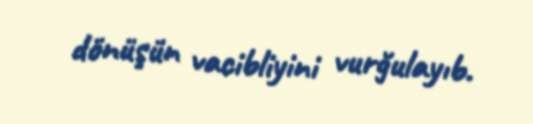
dönüşün vacibliyini vurğulayıb.